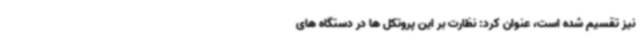
نیز تقسیم شده است، عنوان کرد: نظارت بر این پروتکل ها در دستگاه های